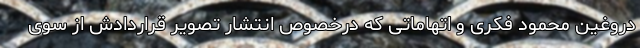
دروغین محمود فکری و اتهاماتی که درخصوص انتشار تصویر قراردادش از سوی